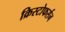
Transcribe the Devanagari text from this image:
क्रिस्टोफर्सन